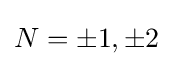
N=\pm 1,\pm 2